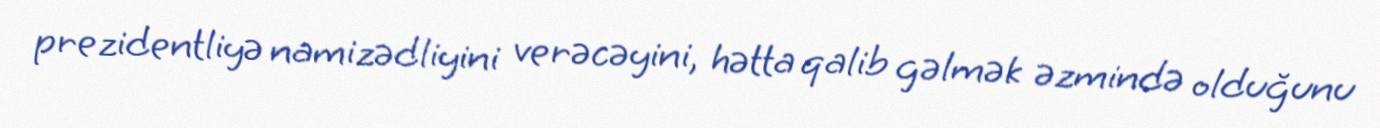
prezidentliyə namizədliyini verəcəyini, hətta qalib gəlmək əzmində olduğunu